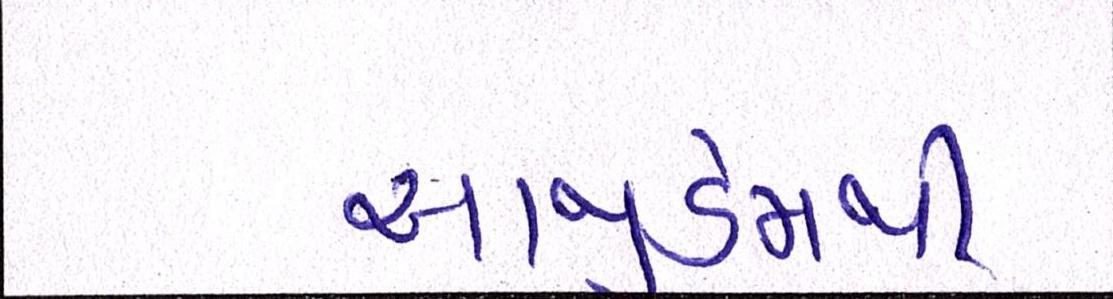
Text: આજીડેમથી